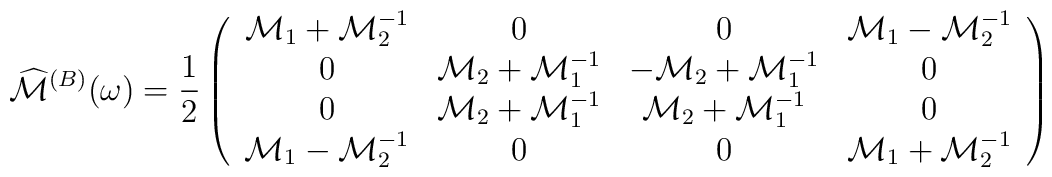
\widehat{\cal M}^{(B)}(\omega)=\frac{1}{2}\left(\begin{array}{cccc}{\cal M}_{1}+{\cal M}^{-1}_{2} & 0 & 0 & {\cal M}_{1}-{\cal M}^{-1}_{2} \\0  & {\cal M}_{2}+{\cal M}^{-1}_{1} & -{\cal M}_{2}+{\cal M}^{-1}_{1} & 0 \\ 0 & {\cal M}_{2}+{\cal M}^{-1}_{1} & {\cal M}_{2}+{\cal M}^{-1}_{1} & 0 \\{\cal M}_{1}-{\cal M}^{-1}_{2} & 0 & 0 & {\cal M}_{1}+{\cal M}^{-1}_{2} \\\end{array}\right)